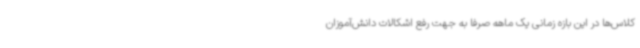
کلاس‌ها در این بازه زمانی یک ماهه صرفاً به جهت رفع اشکالات دانش‌آموزان